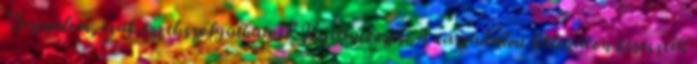
"Sajnálom, csak ezzel szolgálhatok" Kijelentkezés A társadalmi hálózaton keresztül